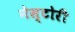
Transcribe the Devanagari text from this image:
नेस्टोरी